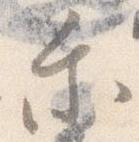
乗